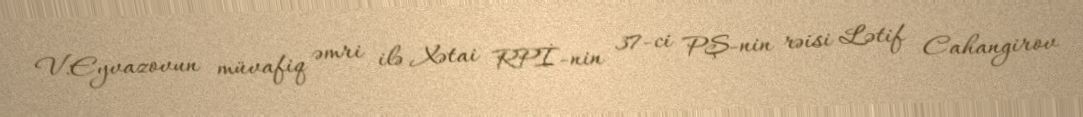
V.Eyvazovun müvafiq əmri ilə Xətai RPİ-nin 37-ci PŞ-nin rəisi Lətif Cahangirov